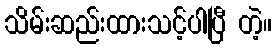
သိမ်းဆည်းထားသင့်ပါပြီ တဲ့။